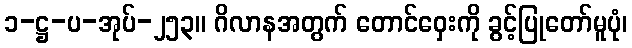
၁-ဋ္ဌ-ပ-အုပ်-၂၅၃။ ဂိလာနအတွက် တောင်ဝှေးကို ခွင့်ပြုတော်မူပုံ၊